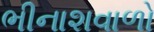
ભીનાશવાળો